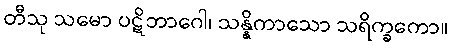
တီသု သမော ပဋိဘာဂေါ၊ သန္နိကာသော သရိက္ခကော။